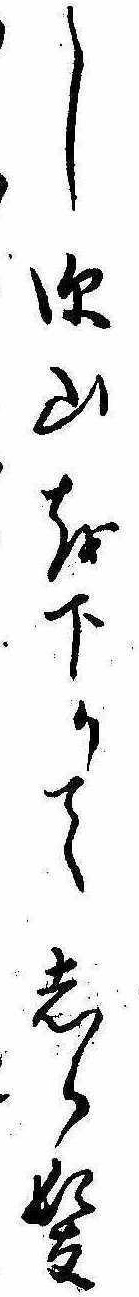
し深山を下りてしら髪